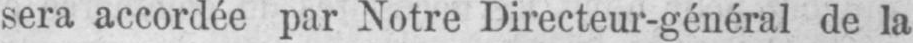
sera accordée par Notre Directeur-général de la